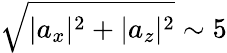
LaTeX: \sqrt{|a_{x}|^{2}+|a_{z}|^{2}}\sim 5